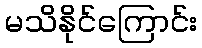
မသိနိုင်ကြောင်း